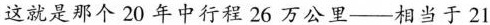
这就是那个20年中行程26万公里—相当于21